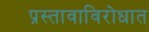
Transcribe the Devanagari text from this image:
प्रस्तावाविरोधात